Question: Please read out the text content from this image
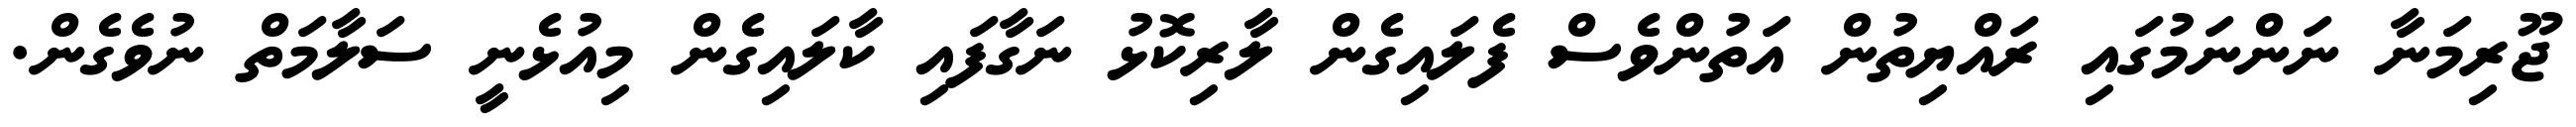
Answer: ޖޫރިމަނާ ނަންނަމުގައި ރައްޔިތުން އަތުންވެސް ފެލައިގެން ލާރިކޮޅު ނަގާފައި ކާލައިގެން މިއުޅެނީ ސަލާމަތް ނުވެގެން.